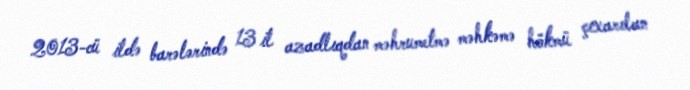
2013-cü ildə barələrində 13 il azadlıqdan məhrumetmə məhkəmə hökmü çıxarılan